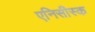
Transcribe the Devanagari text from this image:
एनिसीस्क